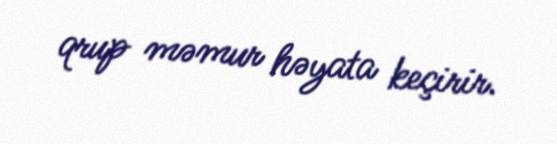
qrup məmur həyata keçirir.